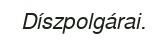
Díszpolgárai.